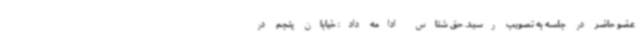
عضو حاضر در جلسه به تصویب رسید. حق شناس ادامه داد: خیابان پنجم در